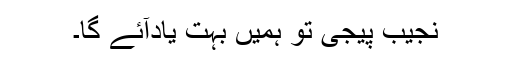
نجیب پیجی تو ہمیں بہت یادآئے گا۔